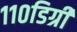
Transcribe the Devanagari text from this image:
११०डिग्री